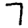
Digit: 7